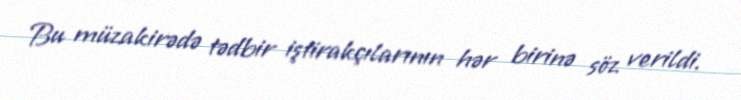
Bu müzakirədə tədbir iştirakçılarının hər birinə söz verildi.